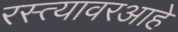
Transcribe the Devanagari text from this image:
रस्त्यावरआहे